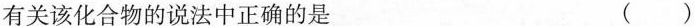
有关该化合物的说法中正确的是 ()